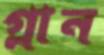
গ্লান